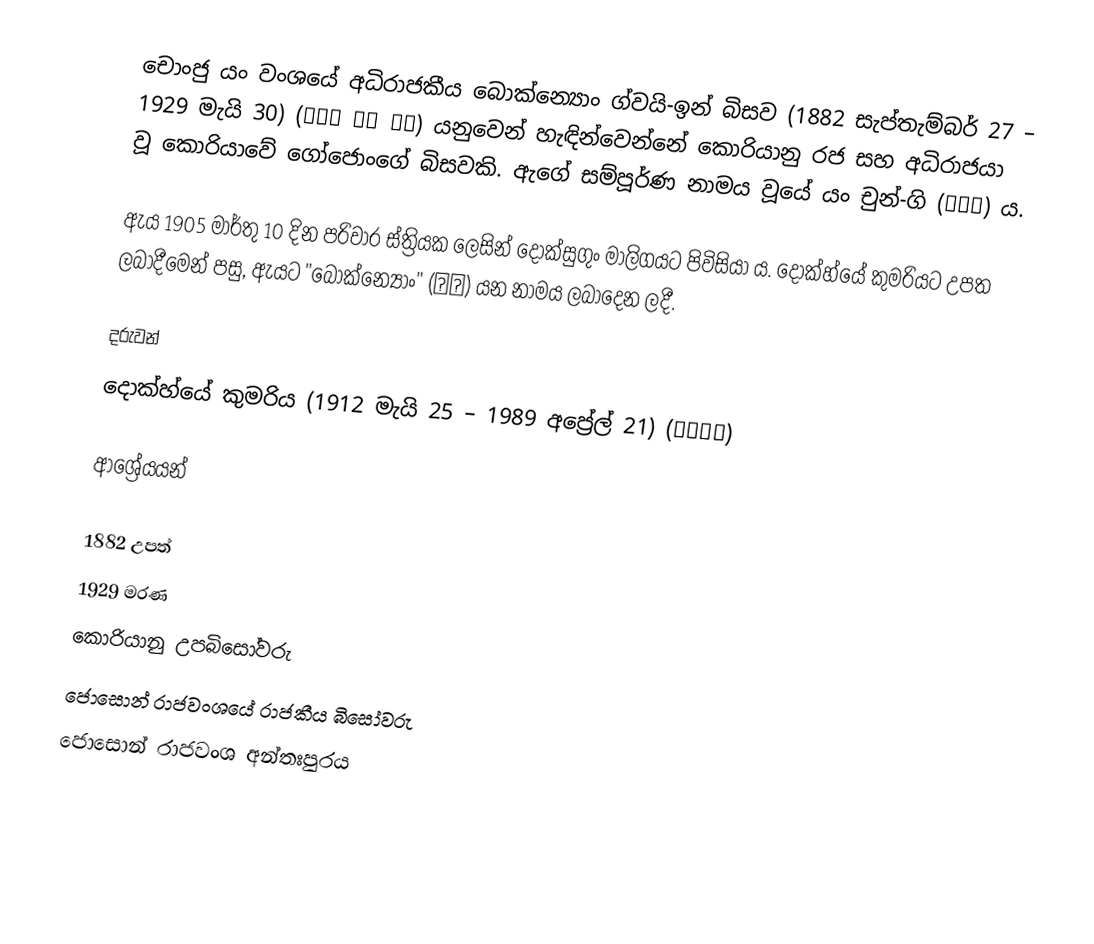
චොංජු යං වංශයේ අධිරාජකීය බොක්න්‍යොං ග්වයි-ඉන් බිසව (1882 සැප්තැම්බර් 27 – 1929 මැයි 30) (복녕당 귀인 양씨) යනුවෙන් හැඳින්වෙන්නේ කොරියානු රජ සහ අධිරාජයා වූ කොරියාවේ ගෝජොංගේ බිසවකි. ඇගේ සම්පූර්ණ නාමය වූයේ යං චුන්-ගි (양춘기) ය.

ඇය 1905 මාර්තු 10 දින පරිවාර ස්ත්‍රියක ලෙසින් දොක්සුගුං මාලිගයට පිවිසියා ය. දොක්හ්යේ කුමරියට උපත ලබාදීමෙන් පසු, ඇයට "බොක්න්‍යොං" (福寧) යන නාමය ලබාදෙන ලදී.

දරුවන්
දොක්හ්යේ කුමරිය (1912 මැයි 25 – 1989 අප්‍රේල් 21) (덕혜옹주)

ආශ්‍රේයයන්

1882 උපත්
1929 මරණ
කොරියානු උපබිසෝවරු
ජොසොන් රාජවංශයේ රාජකීය බිසෝවරු
ජොසොන් රාජවංශ අන්තඃපුරය